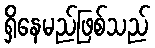
ရှိနေမည်ဖြစ်သည်